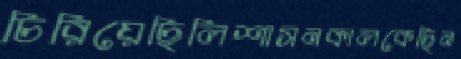
চিরিয়েছিলিশাসনকালকেছিন